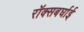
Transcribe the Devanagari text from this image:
रॉक्सबर्घाई